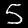
Digit: 5